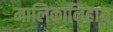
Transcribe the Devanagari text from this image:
मालिकानिहाय